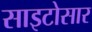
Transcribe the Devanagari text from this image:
साइटोसार